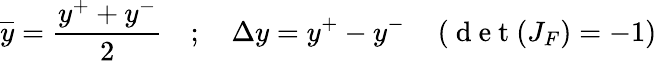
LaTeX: \overline{{y}}=\frac{y^{+}+y^{-}}{2}\quad;\quad\Delta y=y^{+}-y^{-}\quad\left(\mathrm{~d~e~t~}(J_{F})=-1\right)